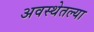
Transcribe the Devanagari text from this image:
अवस्थेतल्या